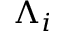
\Lambda _ { i }